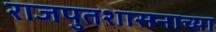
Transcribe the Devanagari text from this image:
राजपुतशासनाच्या